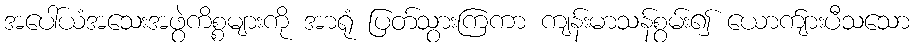
အပေါ်ယံအသေးအဖွဲကိစ္စများကို အာရုံ ပြတ်သွားကြကာ ကျန်းမာသန်စွမ်း၍ ယောက်ျားပီသသော